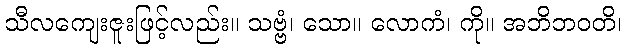
သီလကျေးဇူးဖြင့်လည်း။ သဗ္ဗံ၊ သော။ လောကံ၊ ကို။ အဘိဘဝတိ၊